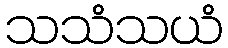
သသံသယံ